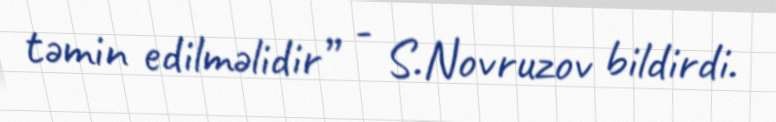
təmin edilməlidir” - S.Novruzov bildirdi.